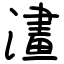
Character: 澅